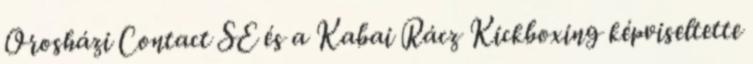
Orosházi Contact SE és a Kabai Rácz Kickboxing képviseltette